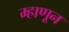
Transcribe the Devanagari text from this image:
म्हाणून